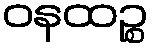
ဝနထဉ္စ